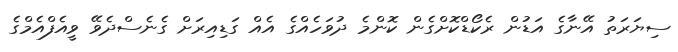
ސިޔަރަތު އޭނާގެ އަޑުން ރެކޯޑްކޮށްގެން ކޮންމެ ދުވަހެއްގެ އެއް ގަޑިއިރަށް ގެނެސްދެވޭ ވީއެފްއެމްގެ